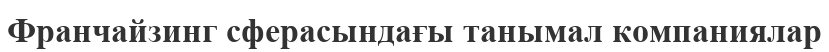
Франчайзинг сферасындағы танымал компаниялар